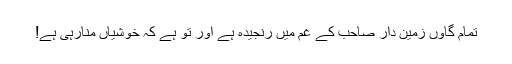
تمام گاؤں زمین دار صاحب کے غم میں رنجیدہ ہے اور تْو ہے کہ خوشیاں منارہی ہے!